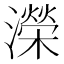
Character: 濚